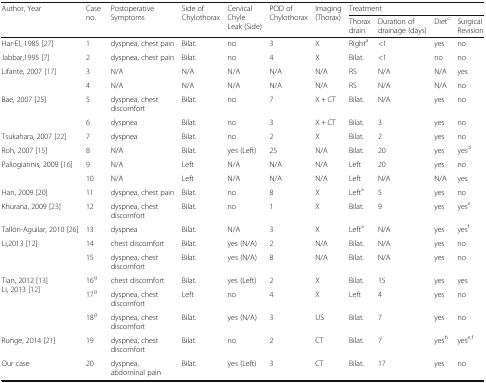
<table><thead><tr><td rowspan="2"><b>Author, Year</b></td><td rowspan="2"><b>Case no.</b></td><td rowspan="2"><b>PostoperativeSymptoms</b></td><td rowspan="2"><b>Side of Chylothorax</b></td><td rowspan="2"><b>Cervical Chyle Leak (Side)</b></td><td rowspan="2"><b>POD of Chylothorax</b></td><td rowspan="2"><b>Imaging (Thorax)</b></td><td colspan="4"><b>Treatment</b></td></tr><tr><td><b>Thorax drain</b></td><td><b>Duration of drainage (days)</b></td><td><b>Diet<sup>c</sup></b></td><td><b>Surgical Revision</b></td></tr></thead><tbody><tr><td>Har-El, 1985 [27]</td><td>1</td><td>dyspnea, chest pain</td><td>Bilat.</td><td>no</td><td>3</td><td>X</td><td>Right<sup>a</sup></td><td>&lt;1</td><td>yes</td><td>no</td></tr><tr><td>Jabbar,1995 [7]</td><td>2</td><td>dyspnea, chest pain</td><td>Bilat.</td><td>no</td><td>4</td><td>X</td><td>Bilat.</td><td>&lt;1</td><td>no</td><td>no</td></tr><tr><td rowspan="2">Lifante, 2007 [17]</td><td>3</td><td>N/A</td><td>N/A</td><td>N/A</td><td>N/A</td><td>N/A</td><td>RS</td><td>N/A</td><td>N/A</td><td>yes</td></tr><tr><td>4</td><td>N/A</td><td>N/A</td><td>N/A</td><td>N/A</td><td>N/A</td><td>RS</td><td>N/A</td><td>N/A</td><td>no</td></tr><tr><td rowspan="2">Bae, 2007 [25]</td><td>5</td><td>dyspnea, chest discomfort</td><td>Bilat.</td><td>no</td><td>7</td><td>X + CT</td><td>Bilat.</td><td>N/A</td><td>yes</td><td>no</td></tr><tr><td>6</td><td>dyspnea</td><td>Bilat.</td><td>no</td><td>3</td><td>X + CT</td><td>Bilat.</td><td>3</td><td>yes</td><td>no</td></tr><tr><td>Tsukahara, 2007 [22]</td><td>7</td><td>dyspnea</td><td>Bilat.</td><td>no</td><td>2</td><td>X</td><td>Bilat.</td><td>2</td><td>yes</td><td>no</td></tr><tr><td>Roh, 2007 [15]</td><td>8</td><td>N/A</td><td>Bilat.</td><td>yes (Left)</td><td>25</td><td>N/A</td><td>Bilat.</td><td>20</td><td>yes</td><td>yes<sup>d</sup></td></tr><tr><td rowspan="2">Paliogiannis, 2009 [16]</td><td>9</td><td>N/A</td><td>Left</td><td>N/A</td><td>N/A</td><td>N/A</td><td>Left</td><td>20</td><td>yes</td><td>no</td></tr><tr><td>10</td><td>N/A</td><td>Left</td><td>N/A</td><td>N/A</td><td>N/A</td><td>Left</td><td>N/A</td><td>N/A</td><td>yes</td></tr><tr><td>Han, 2009 [20]</td><td>11</td><td>dyspnea, chest pain</td><td>Bilat.</td><td>no</td><td>8</td><td>X</td><td>Left<sup>a</sup></td><td>5</td><td>yes</td><td>no</td></tr><tr><td>Khurana, 2009 [23]</td><td>12</td><td>dyspnea, chest discomfort</td><td>Bilat.</td><td>no</td><td>1</td><td>X</td><td>Bilat.</td><td>9</td><td>yes</td><td>yes<sup>e</sup></td></tr><tr><td>Tallón-Aguilar, 2010 [26]</td><td>13</td><td>dyspnea</td><td>Bilat.</td><td>N/A</td><td>3</td><td>X</td><td>Left<sup>a</sup></td><td>N/A</td><td>yes</td><td>yes<sup>f</sup></td></tr><tr><td rowspan="2">Li,2013 [12]</td><td>14</td><td>chest discomfort</td><td>Bilat.</td><td>yes (N/A)</td><td>2</td><td>N/A</td><td>Bilat.</td><td>N/A</td><td>yes</td><td>no</td></tr><tr><td>15</td><td>dyspnea, chest discomfort</td><td>Bilat.</td><td>yes (N/A)</td><td>8</td><td>N/A</td><td>Bilat.</td><td>N/A</td><td>yes</td><td>no</td></tr><tr><td rowspan="3">Tian, 2012 [13]Li, 2013 [12]</td><td>16<sup>g</sup></td><td>chest discomfort</td><td>Bilat.</td><td>yes (Left)</td><td>2</td><td>X</td><td>Bilat.</td><td>15</td><td>yes</td><td>yes</td></tr><tr><td>17<sup>g</sup></td><td>dyspnea, chest discomfort</td><td>Left</td><td>no</td><td>4</td><td>X</td><td>Left</td><td>4</td><td>yes</td><td>no</td></tr><tr><td>18<sup>g</sup></td><td>dyspnea, chest discomfort</td><td>Bilat.</td><td>yes (N/A)</td><td>3</td><td>US</td><td>Bilat.</td><td>7</td><td>yes</td><td>no</td></tr><tr><td>Runge, 2014 [21]</td><td>19</td><td>dyspnea, chest discomfort</td><td>Bilat.</td><td>no</td><td>2</td><td>CT</td><td>Bilat.</td><td>7</td><td>yes<sup>b</sup></td><td>yes<sup>e,f</sup></td></tr><tr><td>Our case</td><td>20</td><td>dyspnea, abdominal pain</td><td>Bilat.</td><td>yes (Left)</td><td>3</td><td>CT</td><td>Bilat.</td><td>17</td><td>yes</td><td>no</td></tr></tbody></table>